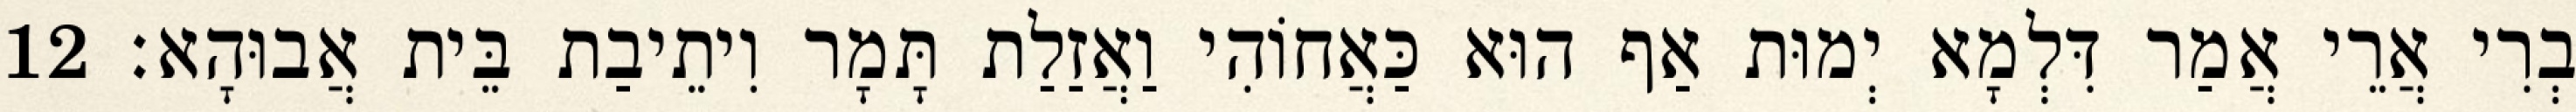
בְרִי אֲרֵי אֲמַר דִּלְמָא יְמוּת אַף הוּא כַּאֲחוֹהִי וַאֲזַלַת תָּמָר וִיתֵיבַת בֵּית אֲבוּהָא׃ 12